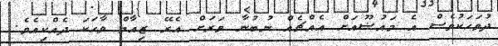
ދުވަހަކުވެސް އެ މައުޟޫއަށް އެއްޗެއް ނުބުނާ ވަރަށް އެރޭ ޒިއާމް ވާހަކަ ދެއްކިއެވެ.